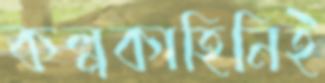
কল্পকাহিনিই